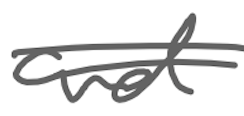
Text: and
Cross-out: double-line
Writing tool: digital_gray